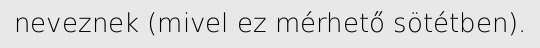
neveznek (mivel ez mérhető sötétben).